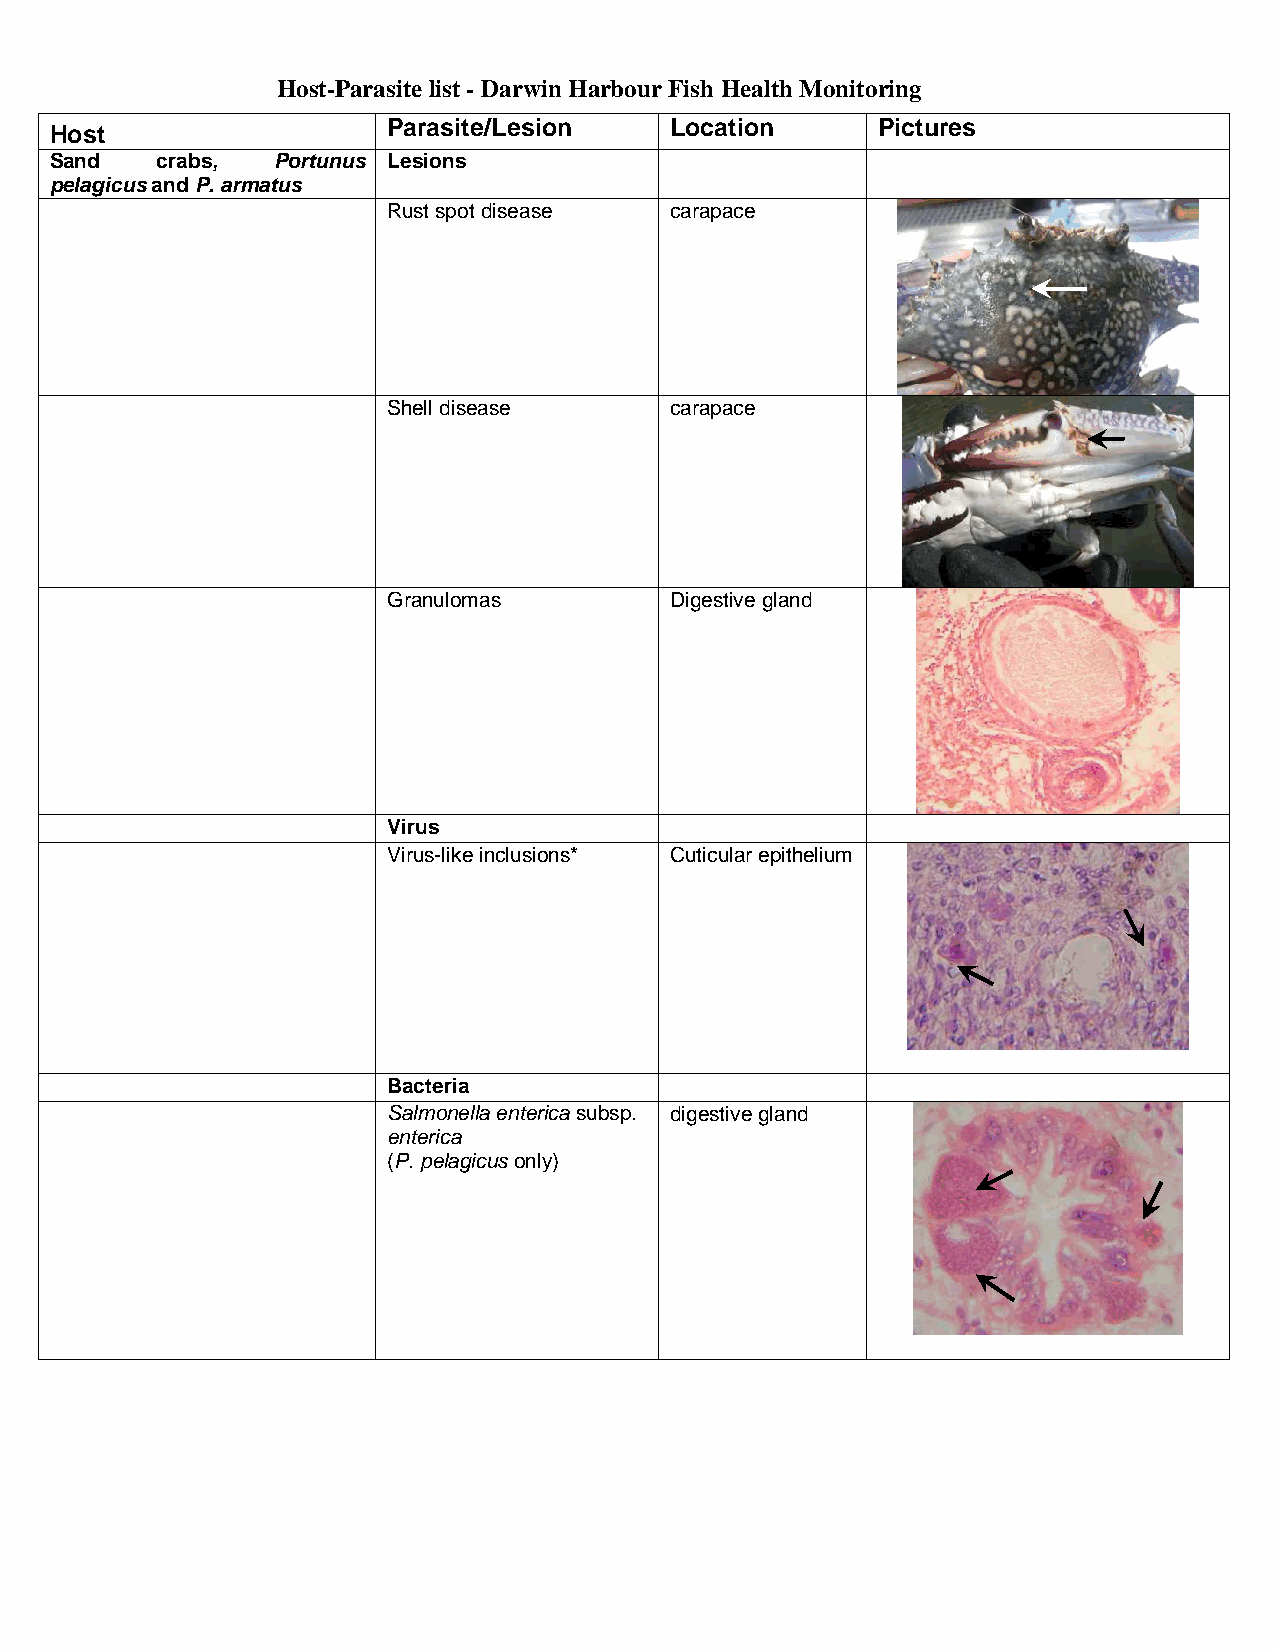
Host-Parasite list - Darwin Harbour Fish Health Monitoring
 Host
 Parasite/Lesion   Location      Pictures
 Sand   crabs,  Portunus Lesions
 pelagicus and P. armatus
 Rust spot disease carapace
 Shell disease     carapace
 Granulomas        Digestive gland
 Virus
 Virus-like inclusions* Cuticular epithelium
 Bacteria
 Salmonella enterica subsp. digestive gland
 enterica
 (P. pelagicus only)